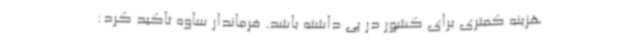
هزینه کمتری برای کشور در پی داشته باشد. فرماندار ساوه تاکید کرد: